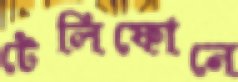
টেলিফোনে